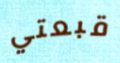
قبعتي